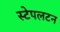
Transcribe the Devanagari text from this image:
स्टेपलटन